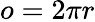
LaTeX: o=2\pi r